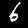
Digit: 6